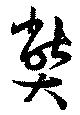
弊